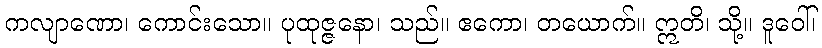
ကလျာဏော၊ ကောင်းသော။ ပုထုဇ္ဇနော၊ သည်။ ဧကော၊ တယောက်။ ဣတိ၊ သို့။ ဒူဝေါ်၊